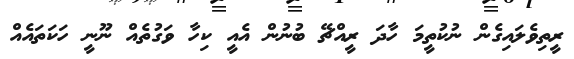
ރީތިވެލައިގެން ނުކުތީމަ ހާދަ ރީއްޗޭ ބުނުން އެއީ ކިހާ ވަގުތެއް ނޫނީ ހަކަތައެއް